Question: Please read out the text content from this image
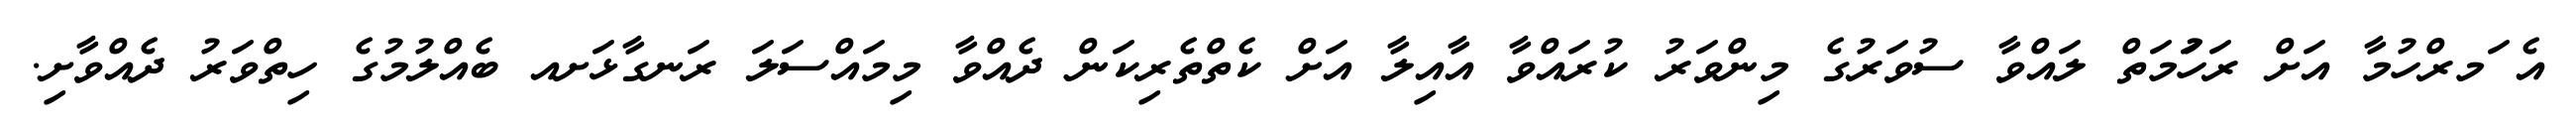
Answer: އެ ަމރްހުމާ އަށް ރަހުަމަތް ލައްވާ ސުވަރުގެ މިންވަރު ކުރައްވާ އާއިލާ އަށް ކެތްތެރިކަން ދެއްވާ މިމައްސަލަ ރަނގާޅަށއ ބެއްލުމުގެ ހިތްވަރު ދެއްވާށި.